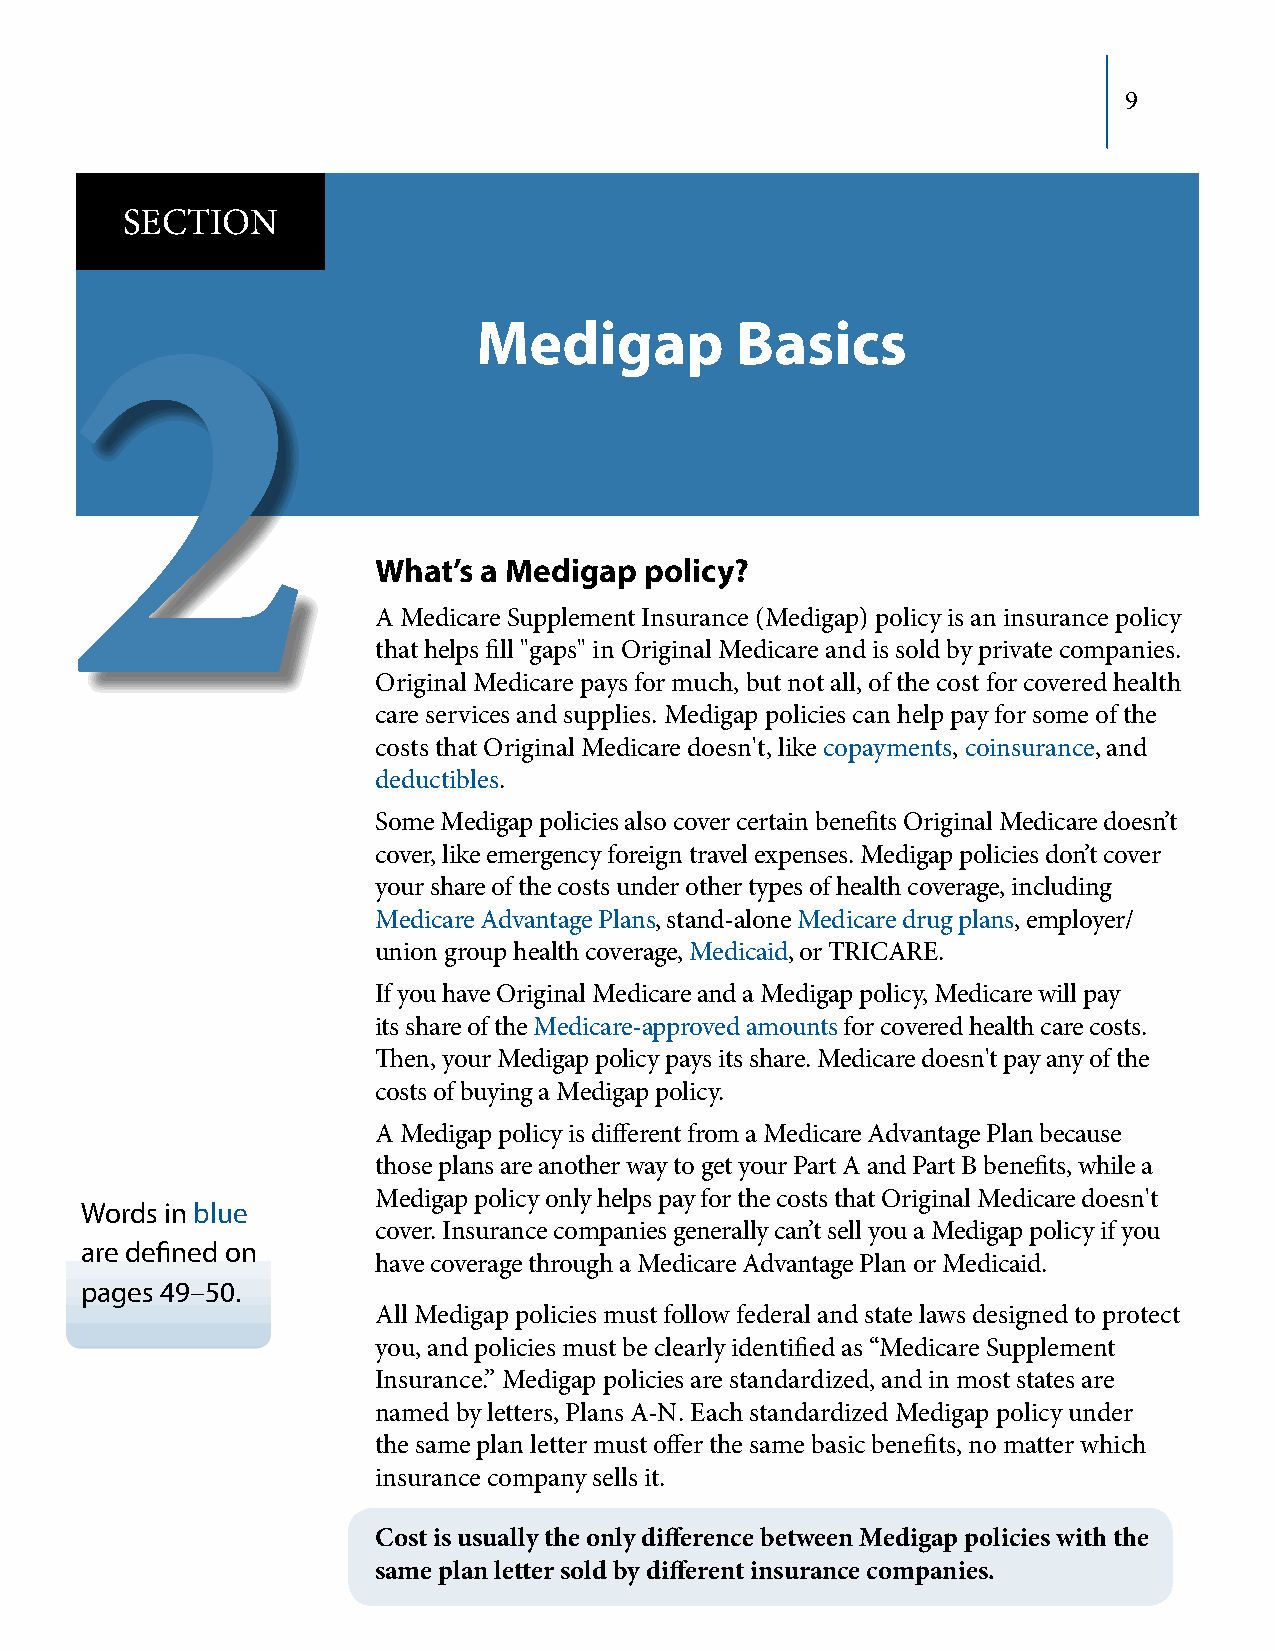
9
 SECTION
 Medigap          Basics
 2
 What’s a Medigap  policy?
 A Medicare Supplement Insurance (Medigap) policy is an insurance policy
 that helps fill "gaps" in Original Medicare and is sold by private companies.
 Original Medicare pays for much, but not all, of the cost for covered health
 care services and supplies. Medigap policies can help pay for some of the
 costs that Original Medicare doesn't, like copayments, coinsurance, and
 deductibles.
 Some Medigap policies also cover certain benefits Original Medicare doesn’t
 cover, like emergency foreign travel expenses. Medigap policies don’t cover
 your share of the costs under other types of health coverage, including
 Medicare Advantage Plans, stand‑alone Medicare drug plans, employer/
 union group health coverage, Medicaid, or TRICARE.
 If you have Original Medicare and a Medigap policy, Medicare will pay
 its share of the Medicare‑approved amounts for covered health care costs.
 Then, your Medigap policy pays its share. Medicare doesn't pay any of the
 costs of buying a Medigap policy.
 A Medigap policy is different from a Medicare Advantage Plan because
 those plans are another way to get your Part A and Part B benefits, while a
 Medigap policy only helps pay for the costs that Original Medicare doesn't
 Words in blue
 cover. Insurance companies generally can’t sell you a Medigap policy if you
 are defined on
 have coverage through a Medicare Advantage Plan or Medicaid.
 pages 49–50.
 All Medigap policies must follow federal and state laws designed to protect
 you, and policies must be clearly identified as “Medicare Supplement
 Insurance.” Medigap policies are standardized, and in most states are
 named by letters, Plans A‑N. Each standardized Medigap policy under
 the same plan letter must offer the same basic benefits, no matter which
 insurance company sells it.
 Cost is usually the only difference between Medigap policies with the
 same plan letter sold by different insurance companies.